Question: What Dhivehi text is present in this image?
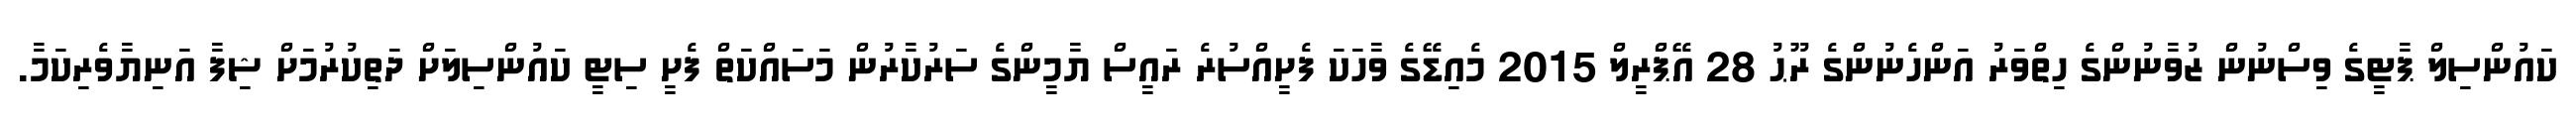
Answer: ކައުންސިލް ޕާޓީގެ ވިސްނުން ޒުވާނުންގެ ހިތްވަރު އަންހެނުންގެ ރޫޙު 28 އޭޕްރީލް 2015 މެއިޑޭގެ ވާހަކަ ފެށީއްސުރެ ރައީސް ޔާމީންގެ ސަރުކާރުން މަސައްކަތް ފެށީ ސިޓީ ކައުންސިލަށް ދަތިކުރުމަށް ޝިފާ އަނިޔާވެރިކަމާ.